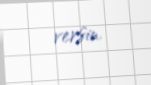
versin.